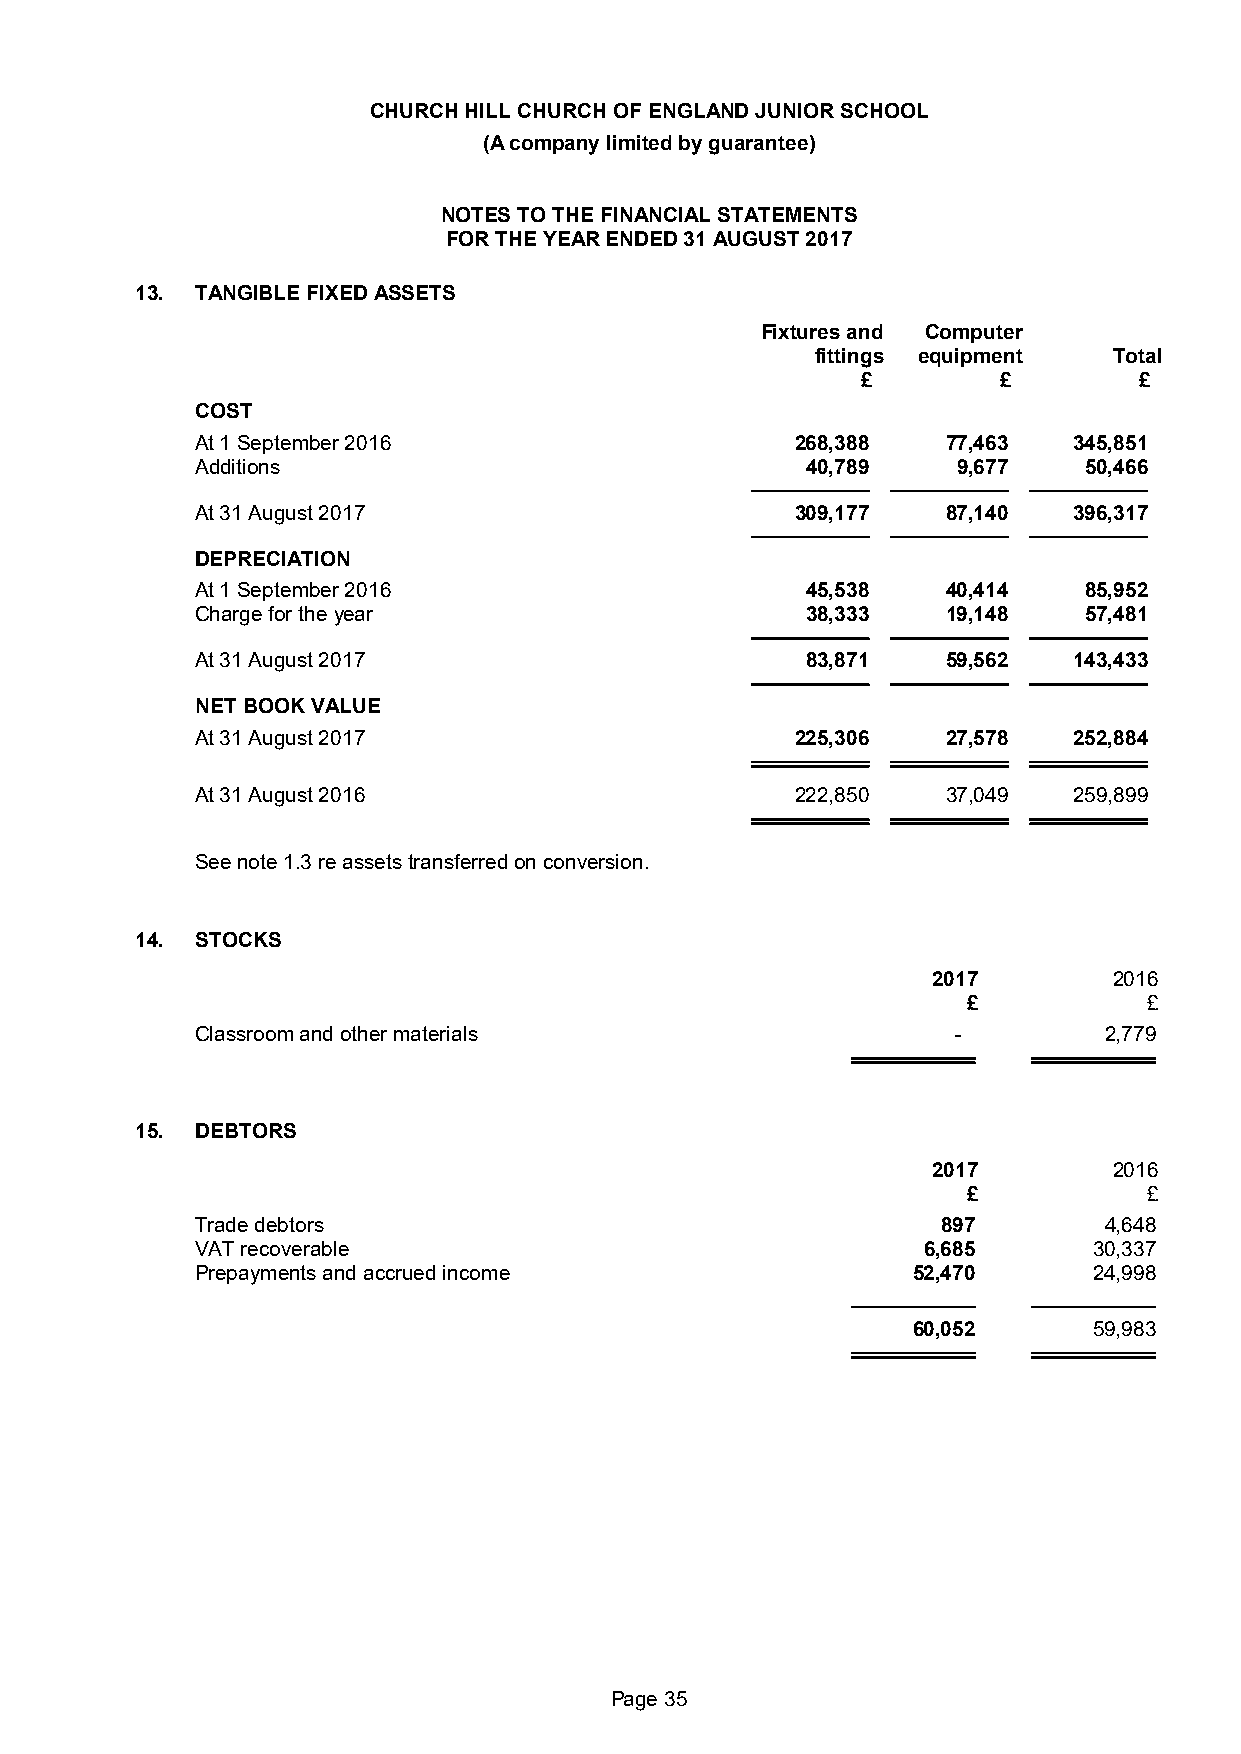
CHURCH HILL CHURCH OF ENGLAND JUNIOR SCHOOL
 (A company limited by guarantee)
 NOTES TO THE FINANCIAL STATEMENTS
 FOR THE YEAR ENDED 31 AUGUST 2017
 13. TANGIBLE FIXED ASSETS
 Fixtures and Computer
 fittings equipment  Total
 £        £        £
 COST
 At 1 September 2016                     268,388   77,463  345,851
 Additions                               40,789    9,677    50,466
 At 31 August 2017                       309,177   87,140  396,317
 DEPRECIATION
 At 1 September 2016                     45,538    40,414   85,952
 Charge for the year                     38,333    19,148   57,481
 At 31 August 2017                       83,871    59,562  143,433
 NET BOOK VALUE
 At 31 August 2017                       225,306   27,578  252,884
 At 31 August 2016                       222,850   37,049  259,899
 See note 1.3 re assets transferred on conversion.
 14. STOCKS
 2017        2016
 £           £
 Classroom and other materials                     -         2,779
 15. DEBTORS
 2017        2016
 £           £
 Trade debtors                                    897        4,648
 VAT recoverable                                 6,685      30,337
 Prepayments and accrued income                 52,470      24,998
 60,052      59,983
 Page 35